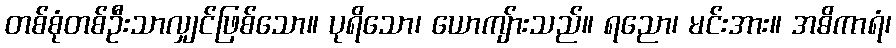
တစ်စုံတစ်ဦးသာလျှင်ဖြစ်သော။ ပုရိသော၊ ယောကျ်ားသည်။ ရညော၊ မင်းအား။ အဓိကာရံ၊